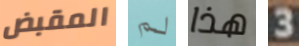
المقبض لم هذا 3